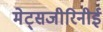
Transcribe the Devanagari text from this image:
मेट्सजीरिनीई